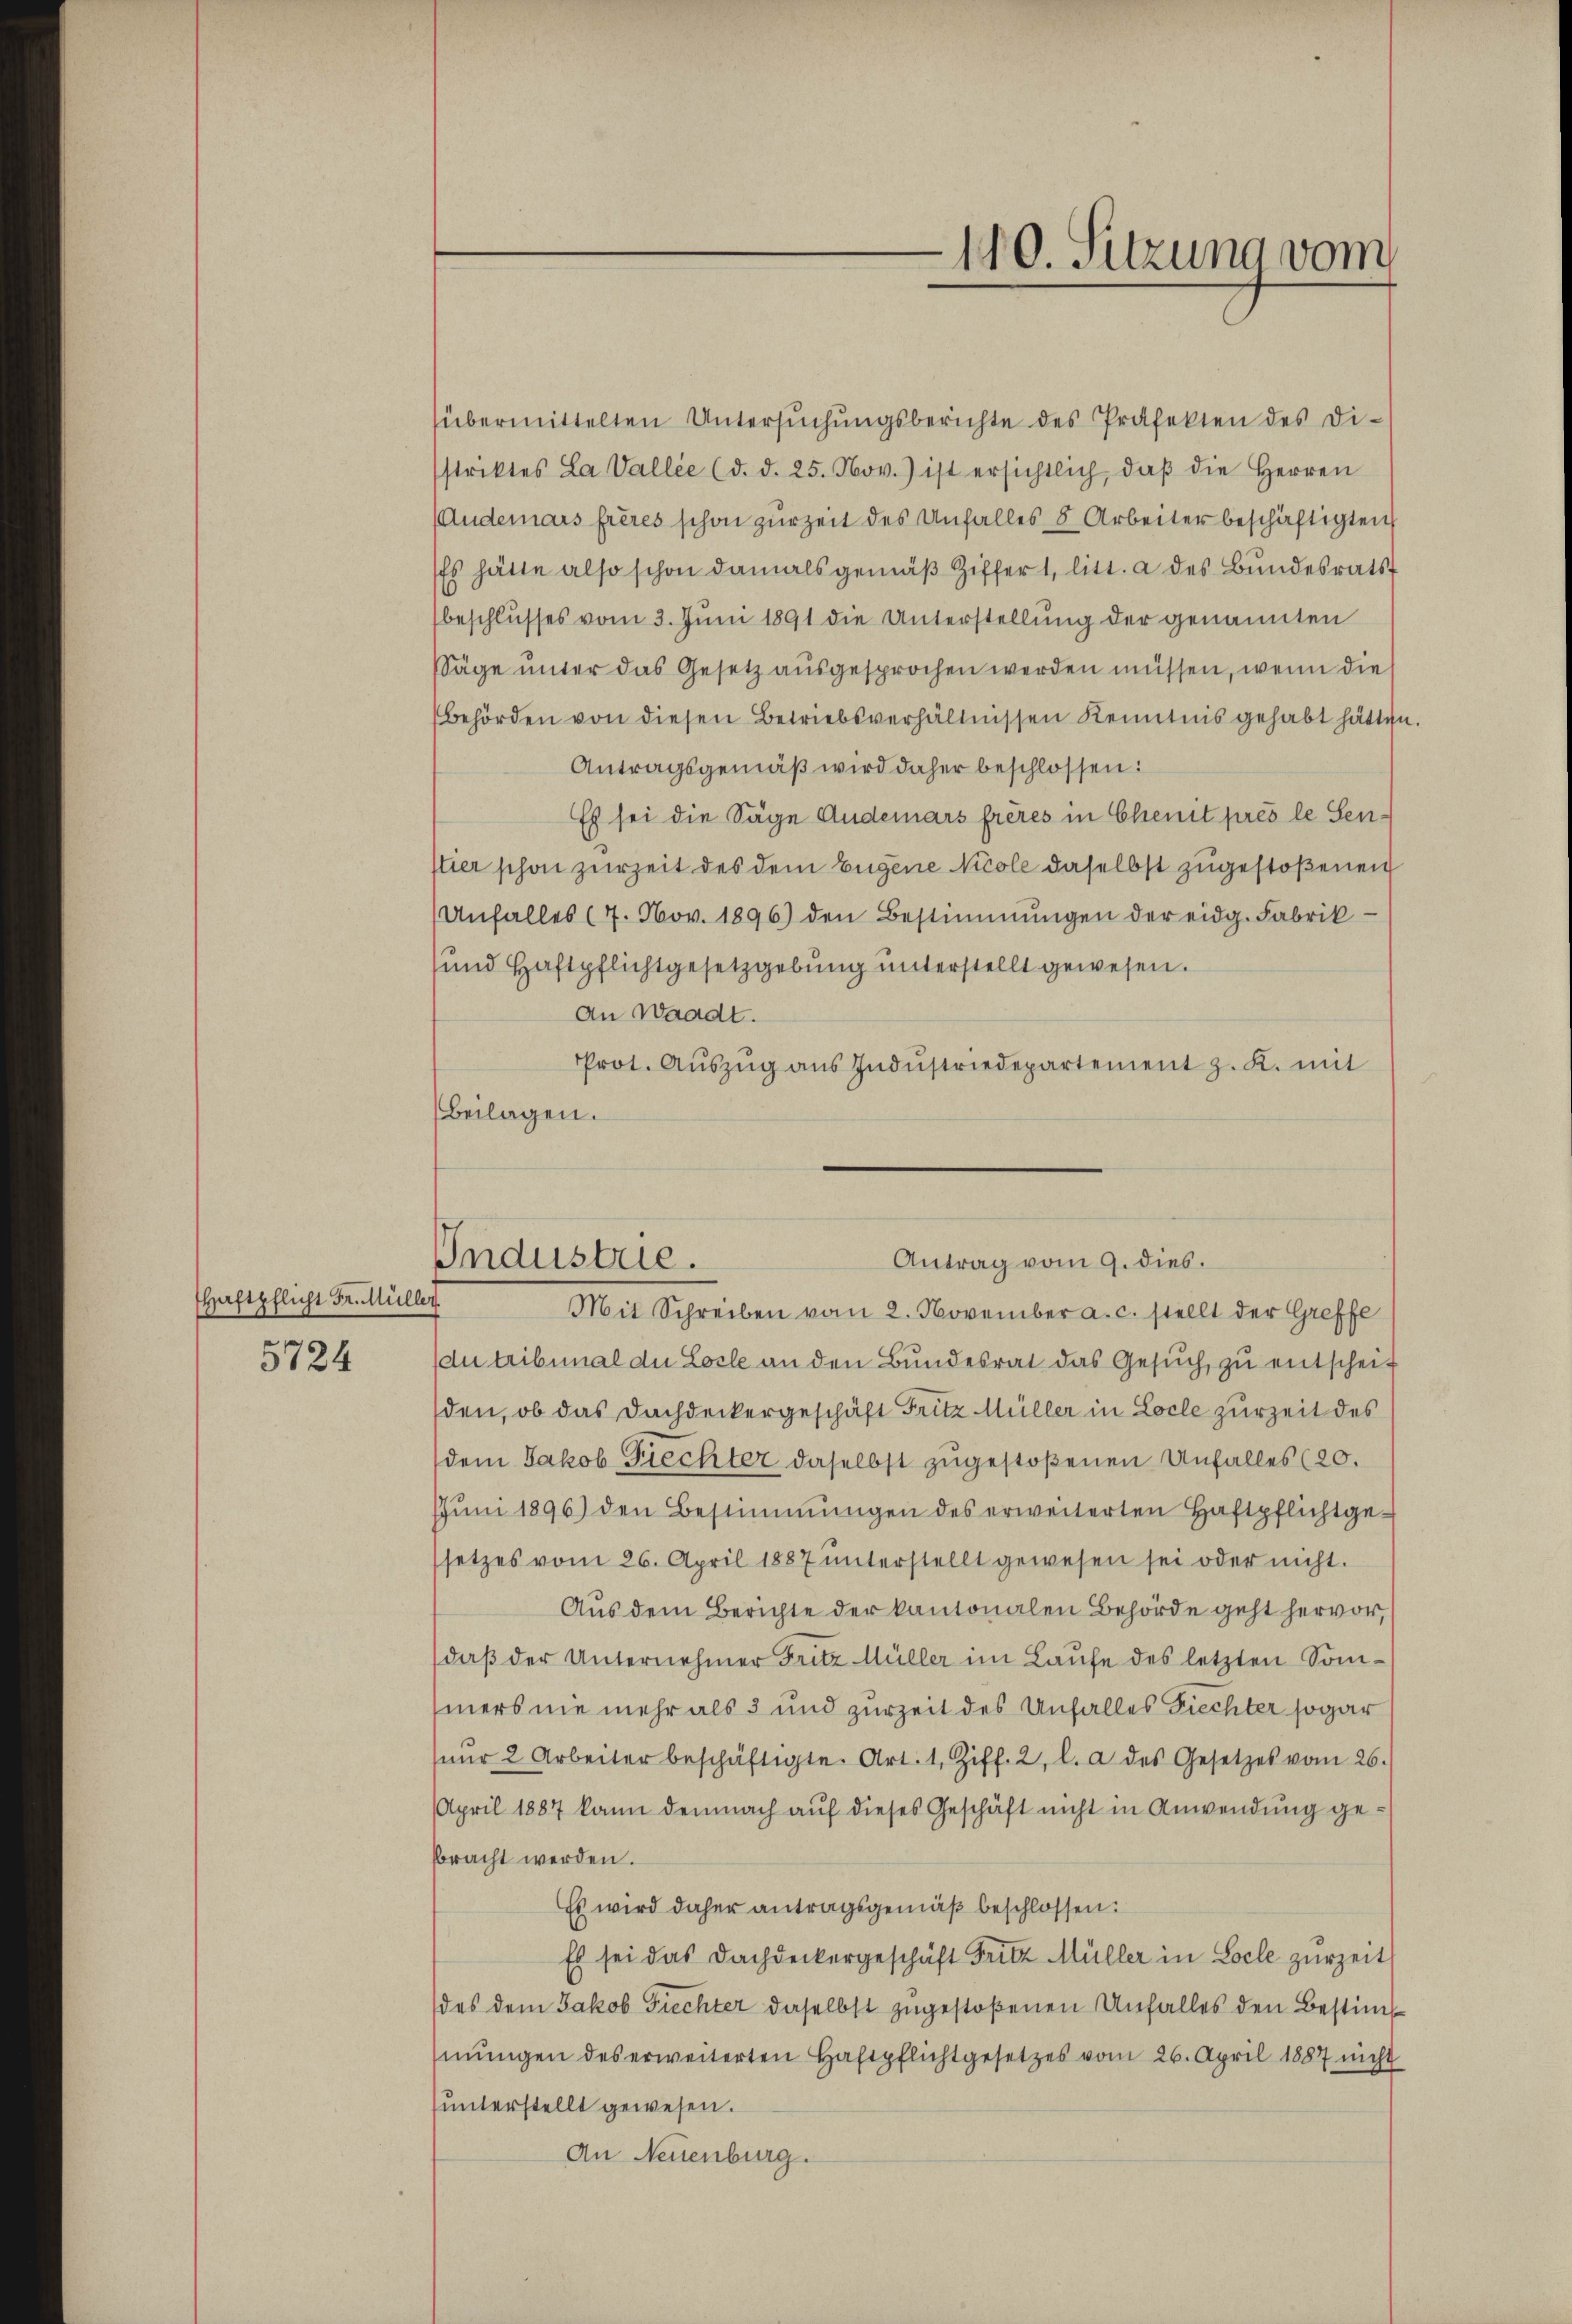
Haftpflicht Fr. Müller

5724

übermittelten Untersŭchŭngsberichte des Präfekten des Di-
striktes La Vallée (d. d. 25. Nov. ) ist ersichtlich, daβ die Herren
Andernars frères schon zur Zeit des Unfalles 8 Arbeiter beschäftigten
Es hätte also schon damals gemäβ Ziffert, litt. a des Bundesrath
beschlusses vom 3. Juni 1891 die Unterstellung der genannten
Säge unter das Gesetz ausgesprochen werden müssen, wenn die
behörden von diesen Betriebsverhältnissen Kenntnis gehabt hätten.
Antragsgemäß wird daher beschlossen:
Es sei die Säge Anderars frères in Chenit prés le Senstier schon zurZeit des dem Eigene Nicole daselbst zugestoßenen
(Unfall(...)(7. Nov. 1896) den Bestimmungen der eidg. Fabrik-
und Haftpflichtgesetzgebung unterstellt gewesen.
An Waadt.
Prot. Aŭszŭg aŭs Indŭstriedepartement z. K. mit
(Beilagen.

140. Sitzung vom

Industrie.
Antrag vom 9. dies.
Mit Schreiben vom 2. November a. c. stellt der Greffe

du tribunal die Losle an den Bundesrat das Gesŭch zŭ entscheit
den, ob das Dachdeckergeschäft Fritz Müller in Loche zur Zeit des
dem Jakob Frechter daselbst zugestoßenen Unfalles (20.
Jŭni 1896) den Bestimmungen des erweiterten Haftpflichtgesetzes vom 26. April 1887 unterstellt gewesen sei oder nicht.
Aus dem Berichte der kantonalen Behörde geht hervor,
daβ der Unternehmer Fritz Müller im Laŭfe des letzten Sommers nie mehr als 3 und zurZeit des Unfalles Fiechter sogar
eŭr 2 Arbeiter beschäftigte. Art. 1, Ziff. 2, l. a des Gesetzes vom 26.
April 1887 kann demnach aŭf dieses Geschäft nicht in Anwendung gebracht werden.
Es wird daher antragsgemäß beschlossen:
Es sei das Dachdeckergeschäft Fritz Müller in Loche zurzeit
des dem Jakob Fiechter daselbst zugestoßenen Unfalles den Bestiminungen des erweiterten Haftpflichtgesetzes vom 26. April 1887 nicht
unterstellt gewesen.
An Neuenburg.